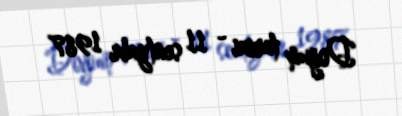
Doğum tarixi - 11 sentyabr 1987